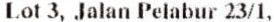
LOT 3, JALAN PELABUR 23/1,